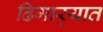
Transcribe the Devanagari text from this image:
ढिगार्‍यात